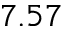
7 . 5 7